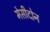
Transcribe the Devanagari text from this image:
मेसीदोन